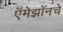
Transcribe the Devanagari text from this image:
ऍमेझॉनचे